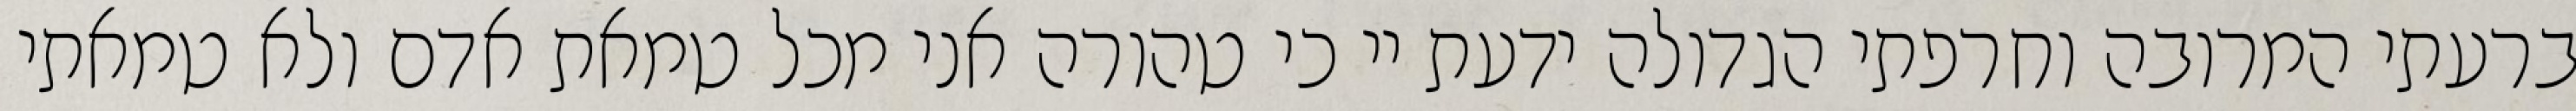
ברעתי המרובה וחרפתי הגדולה ידעת יי כי טהורה אני מכל טמאת אדם ולא טמאתי